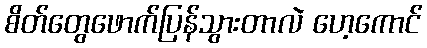
စိတ်တွေဖောက်ပြန်သွားတာလဲ ဟေ့ကောင်